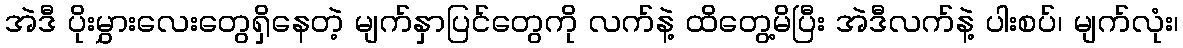
အဲဒီ ပိုးမွှားလေးတွေရှိနေတဲ့ မျက်နှာပြင်တွေကို လက်နဲ့ ထိတွေ့မိပြီး အဲဒီလက်နဲ့ ပါးစပ်၊ မျက်လုံး၊